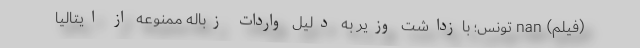
(فیلم) nan تونس؛ بازداشت وزیر به دلیل واردات زباله ممنوعه از ایتالیا